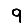
Digit: 9